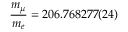
\frac { m _ { \mu } } { m _ { e } } = 2 0 6 . 7 6 8 2 7 7 ( 2 4 )